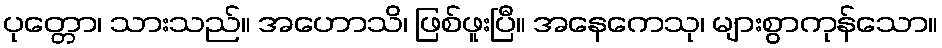
ပုတ္တော၊ သားသည်။ အဟောသိ၊ ဖြစ်ဖူးပြီ။ အနေကေသု၊ များစွာကုန်သော။